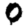
Digit: 0